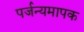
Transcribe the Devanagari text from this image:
पर्जन्यमापक